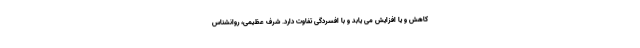
کاهش و یا افزایش می یابد و با افسردگی تفاوت دارد. شرف عظیمی، روانشناس